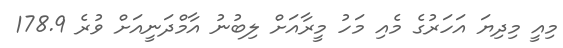
މިއީ މިދިޔަ އަހަރުގެ މެއި މަހު މީރާއަށް ލިބުނު އާމްދަނީއަށް ވުރެ 178.9